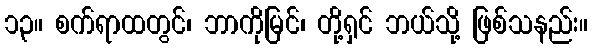
၁၃။ စက်ရာထတွင်၊ ဘာကိုမြင်၊ တို့ရှင် ဘယ်သို့ ဖြစ်သနည်း။